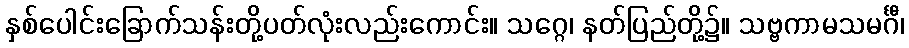
နှစ်ပေါင်းခြောက်သန်းတို့ပတ်လုံးလည်းကောင်း။ သဂ္ဂေ၊ နတ်ပြည်တို့၌။ သဗ္ဗကာမသမင်္ဂီ၊